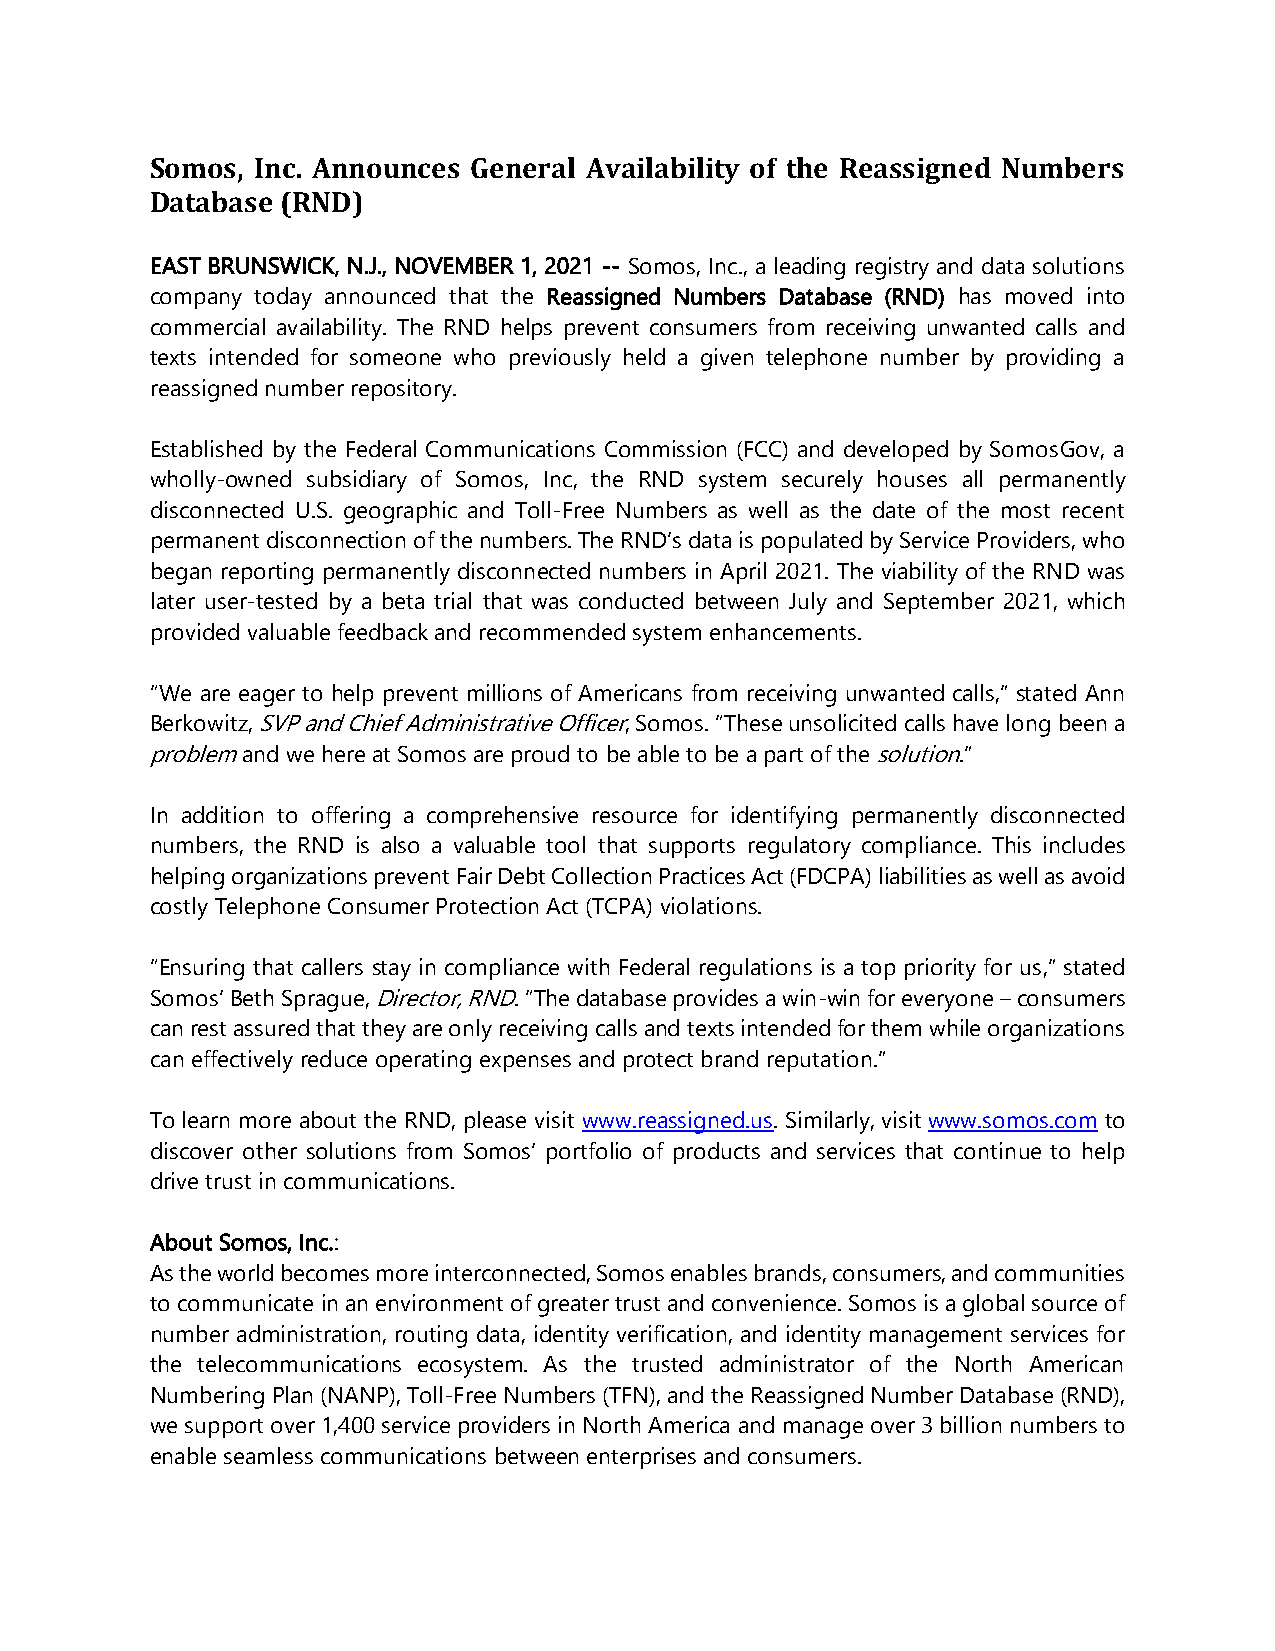
Somos, Inc. Announces General Availability of the Reassigned Numbers
 Database (RND)
 EAST BRUNSWICK, N.J., NOVEMBER 1, 2021 -- Somos, Inc., a leading registry and data solutions
 company today announced that the Reassigned Numbers Database (RND) has moved into
 commercial availability. The RND helps prevent consumers from receiving unwanted calls and
 texts intended for someone who previously held a given telephone number by providing a
 reassigned number repository.
 Established by the Federal Communications Commission (FCC) and developed by SomosGov, a
 wholly-owned subsidiary of Somos, Inc, the RND system securely houses all permanently
 disconnected U.S. geographic and Toll-Free Numbers as well as the date of the most recent
 permanent disconnection of the numbers. The RND’s data is populated by Service Providers, who
 began reporting permanently disconnected numbers in April 2021. The viability of the RND was
 later user-tested by a beta trial that was conducted between July and September 2021, which
 provided valuable feedback and recommended system enhancements.
 “We are eager to help prevent millions of Americans from receiving unwanted calls,” stated Ann
 Berkowitz, SVP and Chief Administrative Officer, Somos. “These unsolicited calls have long been a
 problem and we here at Somos are proud to be able to be a part of the solution.”
 In addition to offering a comprehensive resource for identifying permanently disconnected
 numbers, the RND is also a valuable tool that supports regulatory compliance. This includes
 helping organizations prevent Fair Debt Collection Practices Act (FDCPA) liabilities as well as avoid
 costly Telephone Consumer Protection Act (TCPA) violations.
 “Ensuring that callers stay in compliance with Federal regulations is a top priority for us,” stated
 Somos’ Beth Sprague, Director, RND. “The database provides a win-win for everyone – consumers
 can rest assured that they are only receiving calls and texts intended for them while organizations
 can effectively reduce operating expenses and protect brand reputation.”
 To learn more about the RND, please visit www.reassigned.us. Similarly, visit www.somos.com to
 discover other solutions from Somos’ portfolio of products and services that continue to help
 drive trust in communications.
 About Somos, Inc.:
 As the world becomes more interconnected, Somos enables brands, consumers, and communities
 to communicate in an environment of greater trust and convenience. Somos is a global source of
 number administration, routing data, identity verification, and identity management services for
 the telecommunications ecosystem. As the trusted administrator of the North American
 Numbering Plan (NANP), Toll-Free Numbers (TFN), and the Reassigned Number Database (RND),
 we support over 1,400 service providers in North America and manage over 3 billion numbers to
 enable seamless communications between enterprises and consumers.